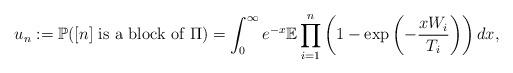
LaTeX: \begin{align*}u_n : = \mathbb{P}([n] \mbox{ is a block of } \Pi) = \int_0^{\infty} e^{-x} \mathbb{E} \prod_{i=1}^n \left(1 - \exp\left(-\frac{x W_i}{T_{i}} \right) \right) dx,\end{align*}